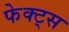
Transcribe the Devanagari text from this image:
फेक्ट्स